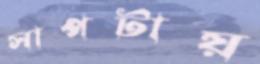
সাপটায়